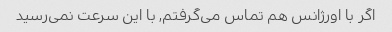
اگر با اورژانس هم تماس می‌گرفتم, با این سرعت نمی‌رسید